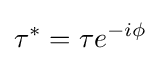
\tau ^{*}=\tau e^{-i\phi }